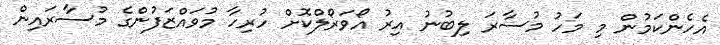
އެހެންކަމުން މި މަހު މުސާރަ ލިބުނު އިރު އޯވަރޯލްކޮށް ހުރިހާ މުވައްޒަފުންގެ މުސާރައިން